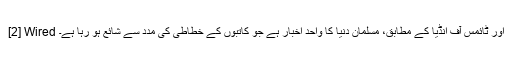
[2] Wired اور ٹائمس آف انڈیا کے مطابق، مسلمان دنیا کا واحد اخبار ہے جو کاتبوں کے خطاطی کی مدد سے شائع ہو رہا ہے۔